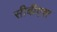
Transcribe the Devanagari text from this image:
सीबीएश